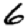
Digit: 6